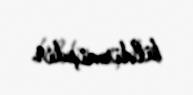
bildirmişdir.